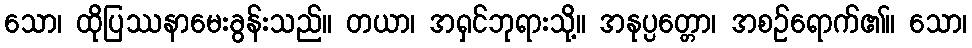
သော၊ ထိုပြဿနာမေးခွန်းသည်။ တယာ၊ အရှင်ဘုရားသို့။ အနုပ္ပတ္တော၊ အစဉ်ရောက်၏။ သော၊